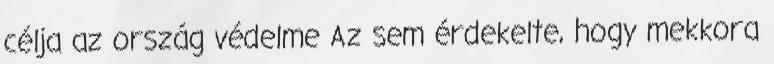
célja az ország védelme Az sem érdekelte, hogy mekkora